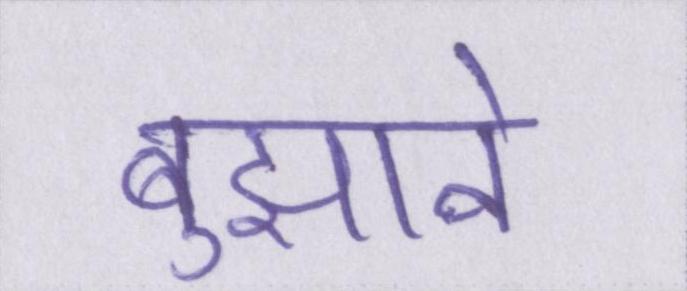
बुझाने